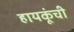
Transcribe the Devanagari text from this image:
हायकूंची